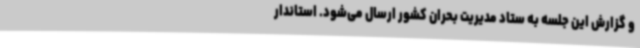
و گزارش این جلسه به ستاد مدیریت بحران کشور ارسال می‌شود. استاندار